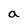
Character: a